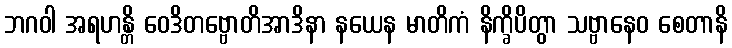
ဘဂဝါ အရဟန္တိ ဝေဒိတဗ္ဗောတိအာဒိနာ နယေန မာတိကံ နိက္ခိပိတွာ သဗ္ဗာနေဝ စေတာနိ